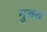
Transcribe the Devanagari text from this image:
गुबद